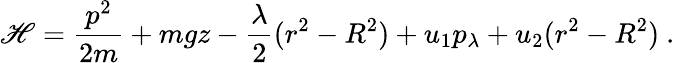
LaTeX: \mathscr{H}={\frac{{p^{2}}}{{2m}}}+mgz-{\frac{{\lambda}}{{2}}}(r^{2}-R^{2})+u_{1}p_{\lambda}+u_{2}(r^{2}-R^{2})~.